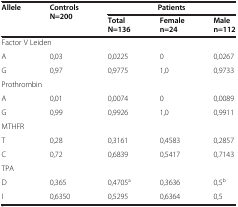
<table><thead><tr><td rowspan="2"><b>Allele</b></td><td rowspan="2"><b>Controls N=200</b></td><td colspan="3"><b>Patients</b></td></tr><tr><td><b>Total N=136</b></td><td><b>Female n=24</b></td><td><b>Male n=112</b></td></tr></thead><tbody><tr><td colspan="5">Factor V Leiden</td></tr><tr><td>A</td><td>0,03</td><td>0,0225</td><td>0</td><td>0,0267</td></tr><tr><td>G</td><td>0,97</td><td>0,9775</td><td>1,0</td><td>0,9733</td></tr><tr><td colspan="5">Prothrombin</td></tr><tr><td>A</td><td>0,01</td><td>0,0074</td><td>0</td><td>0,0089</td></tr><tr><td>G</td><td>0,99</td><td>0,9926</td><td>1,0</td><td>0,9911</td></tr><tr><td colspan="5">MTHFR</td></tr><tr><td>T</td><td>0,28</td><td>0,3161</td><td>0,4583</td><td>0,2857</td></tr><tr><td>C</td><td>0,72</td><td>0,6839</td><td>0,5417</td><td>0,7143</td></tr><tr><td colspan="5">TPA</td></tr><tr><td>D</td><td>0,365</td><td>0,4705<sup>a</sup></td><td>0,3636</td><td>0,5<sup>b</sup></td></tr><tr><td>I</td><td>0,6350</td><td>0,5295</td><td>0,6364</td><td>0,5</td></tr></tbody></table>